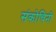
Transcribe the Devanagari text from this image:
संकोचिनी